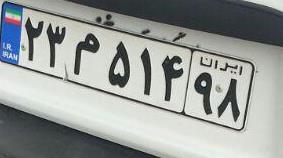
۲۳م۵۱۴۹۸